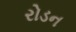
રોડન